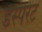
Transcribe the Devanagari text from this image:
डेस्पेरेट